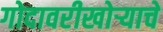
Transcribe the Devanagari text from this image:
गोदावरीखोऱ्याचे